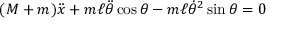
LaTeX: ( M + m ) { \ddot { x } } + m \ell { \ddot { \theta } } \cos \theta - m \ell { \dot { \theta } } ^ { 2 } \sin \theta = 0